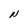
Character: N